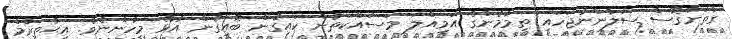
ގާތަށްގޮސް ސަލާންނުޖަހައި ތިމާމެންގެ އަމިއްލަ މަސައްކަތުން ކައިގެން ބޮއިގެން އުޅޭ މީހުންނެވެ. އިޙުތިރާމް